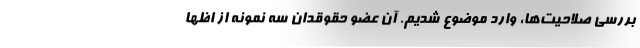
بررسی صلاحیت‌ها، وارد موضوع شدیم. آن عضو حقوقدان سه نمونه از اظها